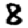
Digit: 8